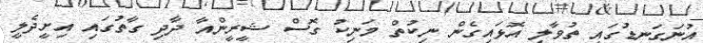
އުނަގަނޑުގައި ތުވާލި އޮޅައިގެން ނިކުތް މަނިކު ގޮސް ޝީރީންއާ ދާދި ގާތުގައި އިށީދެލީ